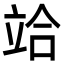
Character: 𥩻